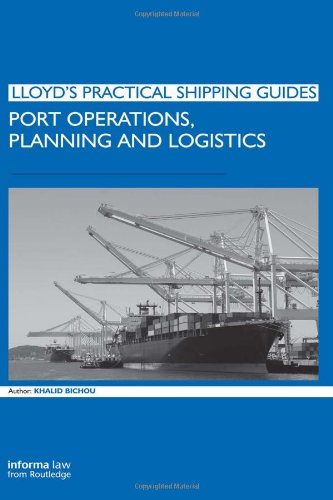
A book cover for Port Operations, Planning and Logistics (Lloyd's Practical Shipping Guides); Khalid Bichou; Business & Money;